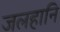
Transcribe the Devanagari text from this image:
जलहानि